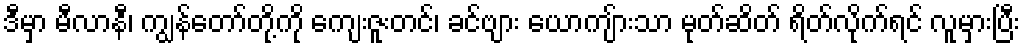
ဒီမှာ မီလာနီ၊ ကျွန်တော်တို့ကို ကျေးဇူးတင်၊ ခင်ဗျား ယောကျ်ားသာ မုတ်ဆိတ် ရိတ်လိုက်ရင် လူမှားပြီး